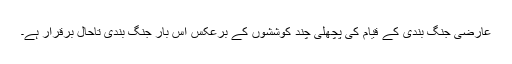
عارضی جنگ بندی کے قيام کی پچھلی چند کوششوں کے برعکس اس بار جنگ بندی تاحال برقرار ہے۔